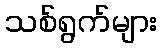
သစ်ရွက်များ